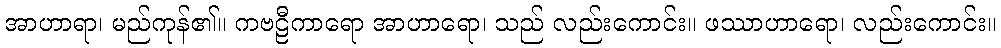
အာဟာရာ၊ မည်ကုန်၏။ ကဗဠီကာရော အာဟာရော၊ သည် လည်းကောင်း။ ဖဿာဟာရော၊ လည်းကောင်း။